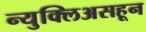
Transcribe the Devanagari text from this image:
न्युक्लिअसहून